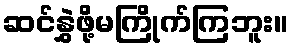
ဆင်နွှဲဖို့မကြိုက်ကြဘူး။